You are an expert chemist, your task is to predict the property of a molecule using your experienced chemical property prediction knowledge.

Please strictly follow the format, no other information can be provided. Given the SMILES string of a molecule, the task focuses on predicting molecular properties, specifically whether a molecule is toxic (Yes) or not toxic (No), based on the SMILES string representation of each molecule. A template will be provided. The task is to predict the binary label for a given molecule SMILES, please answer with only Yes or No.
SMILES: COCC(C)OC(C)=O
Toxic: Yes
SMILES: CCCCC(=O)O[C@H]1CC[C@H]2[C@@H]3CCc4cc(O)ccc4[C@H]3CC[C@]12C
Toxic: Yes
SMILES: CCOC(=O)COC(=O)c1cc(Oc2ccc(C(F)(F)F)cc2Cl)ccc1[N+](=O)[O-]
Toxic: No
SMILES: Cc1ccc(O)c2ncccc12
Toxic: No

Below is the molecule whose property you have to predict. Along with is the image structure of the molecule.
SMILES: OC[C@H](O)[C@@H](O)[C@@H](O)[C@H](O)CO
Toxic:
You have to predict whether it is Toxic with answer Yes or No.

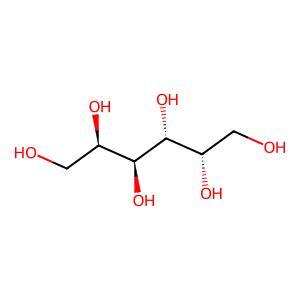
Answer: No